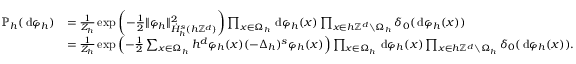
\begin{array} { r l } { \mathbb { P } _ { h } ( \, \mathrm { d } \varphi _ { h } ) } & { = \frac { 1 } { Z _ { h } } \exp \left( - \frac 1 2 \| \varphi _ { h } \| _ { \dot { H } _ { h } ^ { s } ( h \mathbb { Z } ^ { d } ) } ^ { 2 } \right) \prod _ { x \in \Omega _ { h } } \, \mathrm { d } \varphi _ { h } ( x ) \prod _ { x \in h \mathbb { Z } ^ { d } \setminus \Omega _ { h } } \delta _ { 0 } ( \, \mathrm { d } \varphi _ { h } ( x ) ) } \\ & { = \frac { 1 } { Z _ { h } } \exp \left( - \frac 1 2 \sum _ { x \in \Omega _ { h } } h ^ { d } \varphi _ { h } ( x ) ( - \Delta _ { h } ) ^ { s } \varphi _ { h } ( x ) \right) \prod _ { x \in \Omega _ { h } } \, \mathrm { d } \varphi _ { h } ( x ) \prod _ { x \in h \mathbb { Z } ^ { d } \setminus \Omega _ { h } } \delta _ { 0 } ( \, \mathrm { d } \varphi _ { h } ( x ) ) . } \end{array}